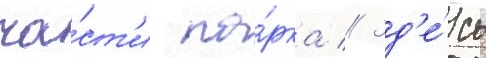
ча́ст'и па́рка // Зд'е́сь